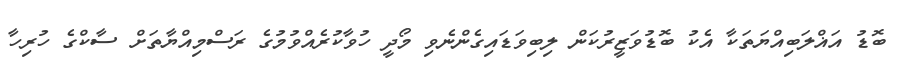
ބޮޑު އަޣްލަބިއްޔަތަކާ އެކު ބޮޑުވަޒީރުކަން ލިބިވަޑައިގެންނެވި މޯދީ ހުވާކުރެއްވުމުގެ ރަސްމިއްޔާތަށް ސާކްގެ ހުރިހާ